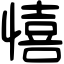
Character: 憘